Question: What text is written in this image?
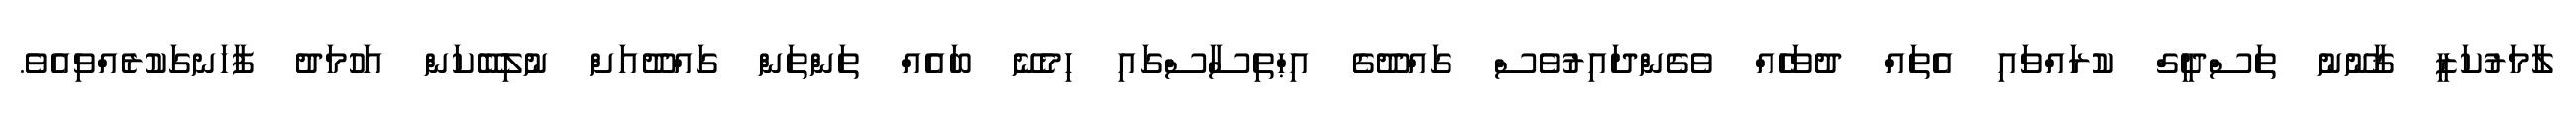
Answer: ލާމަރުކަޒީ ޤާނޫނު ތަސްދީގް ކުރައްވައި އެތައް ދުވަހެއް ވެގެންދައިރުވެސް ގައްދޫގެ އިޙްތިސާސްގައި ހިމެނޭ ބައެއް ތަންތަން ގައްދޫއަށް ނުލިބޭކަން އަހުމަދު ފާހަނގަކުރެއްވިއެވެ.